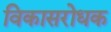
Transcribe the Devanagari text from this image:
विकासरोधक